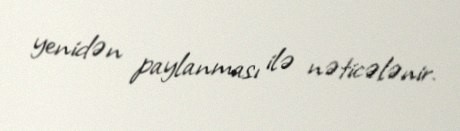
yenidən paylanması ilə nəticələnir.